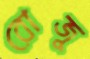
রোজু